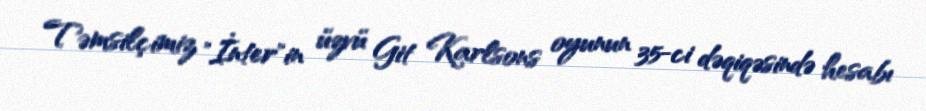
Təmsilçimiz "İnter"in üzvü Git Karlsons oyunun 35-ci dəqiqəsində hesabı